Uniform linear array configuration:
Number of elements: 16
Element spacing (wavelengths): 0.5
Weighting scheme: uniform
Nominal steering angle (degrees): -60
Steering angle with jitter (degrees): -58.58
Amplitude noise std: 0.05
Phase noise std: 0.05

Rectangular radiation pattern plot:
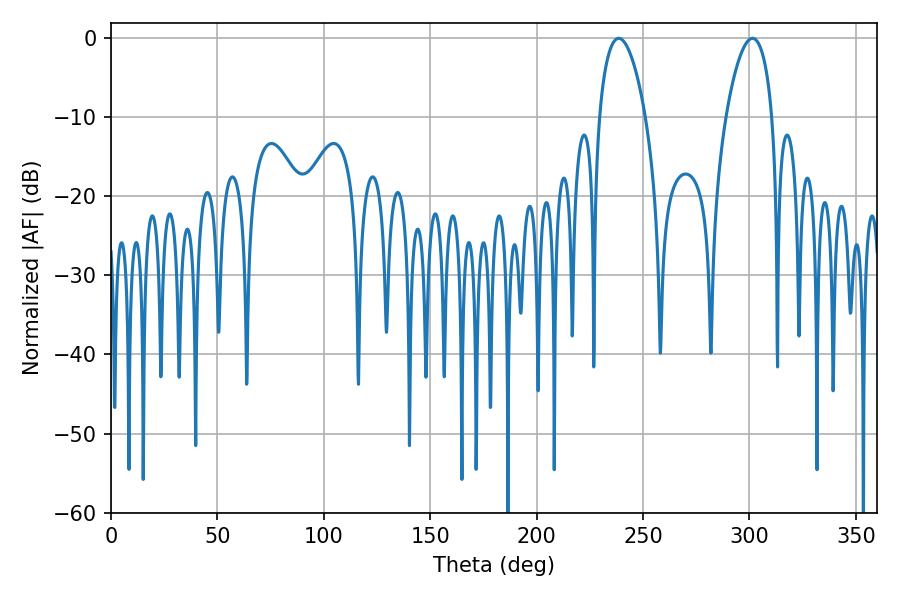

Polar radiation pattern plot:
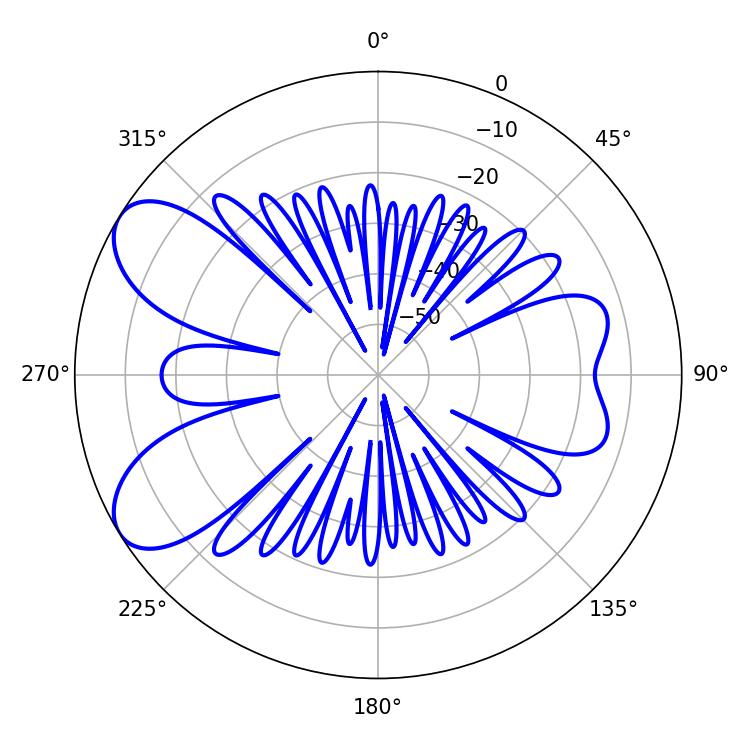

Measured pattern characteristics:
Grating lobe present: FALSE
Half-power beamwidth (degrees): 12.06
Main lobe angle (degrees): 238.5